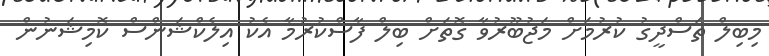
މިބިލް ތަސްދީގު ކުރުމަށް މަޖުބޫރުވާ ގޮތަށް ބިލް ފާސްކުރުމާ އެކު އިލެކްޝަންސް ކޮމިޝަނުން